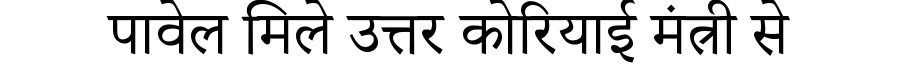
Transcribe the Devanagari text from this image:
पावेल मिले उत्तर कोरियाई मंत्री से